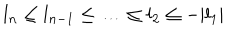
l _ { n } \le l _ { n - 1 } \le \ldots \le l _ { 2 } \le - | l _ { 1 } |